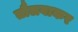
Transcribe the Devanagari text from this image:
तौलवाकर